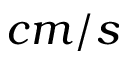
c m / s